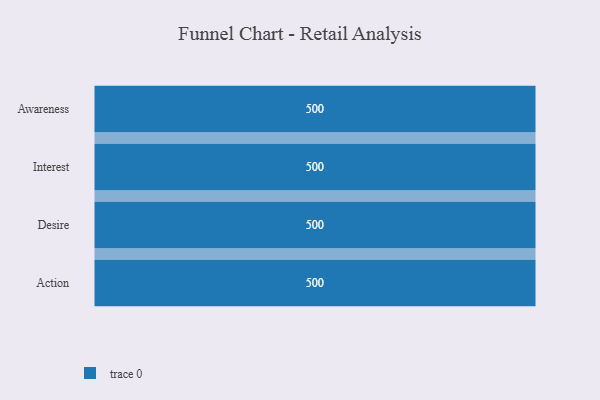
{"axis": {"x": "Stage", "y": "Value"}, "legend": [""], "data": [{"x": "Awareness", "y": 500, "type": ""}, {"x": "Interest", "y": 500, "type": ""}, {"x": "Desire", "y": 500, "type": ""}, {"x": "Action", "y": 500, "type": ""}]}